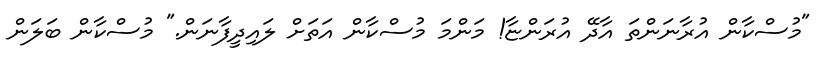
"މުސްކާން އުރާނަންތަ އާދޭ އުރަންޏާ! މަންމަ މުސްކާން އަތަށް ލައިދީފާނަން." މުސްކާން ބަލަން